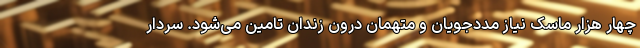
چهار هزار ماسک نیاز مددجویان و متهمان درون زندان تامین می‌شود. سردار